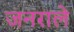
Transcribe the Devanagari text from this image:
जनराले